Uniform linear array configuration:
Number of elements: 24
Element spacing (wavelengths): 0.5
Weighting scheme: hann
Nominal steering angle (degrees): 45
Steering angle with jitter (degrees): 44.279
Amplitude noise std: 0.05
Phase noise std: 0.05

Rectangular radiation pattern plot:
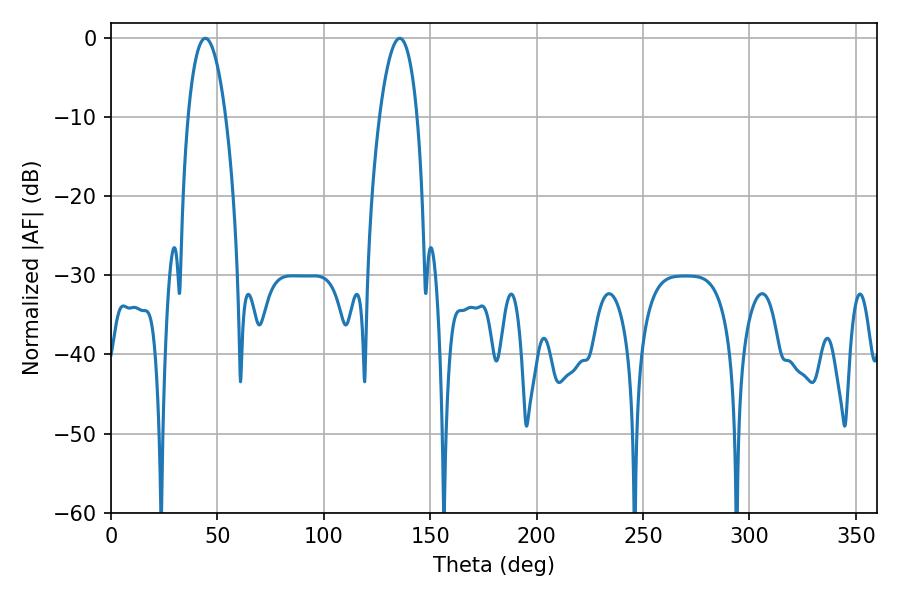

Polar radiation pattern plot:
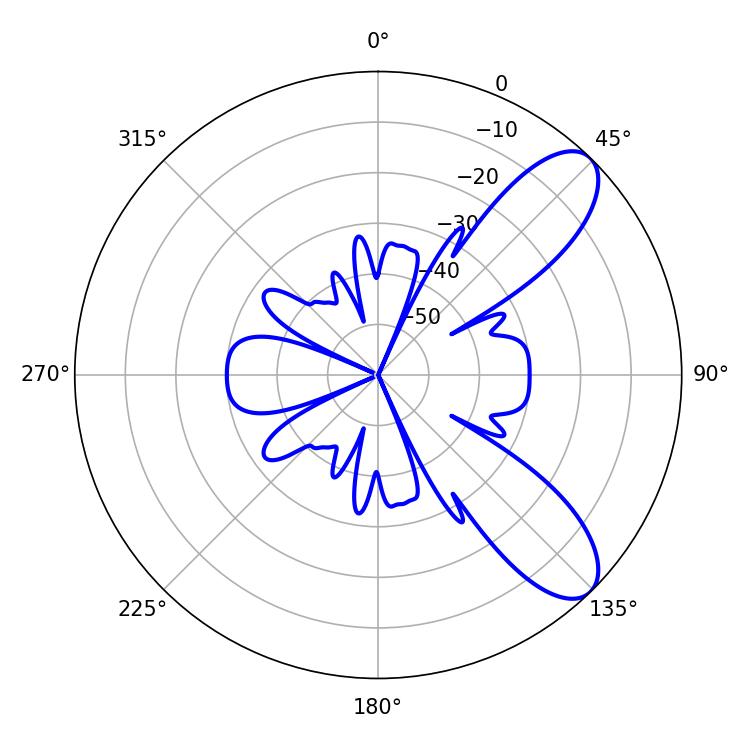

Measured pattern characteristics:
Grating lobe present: FALSE
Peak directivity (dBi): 8.903
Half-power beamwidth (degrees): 9.9
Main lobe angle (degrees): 44.28